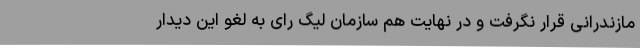
مازندرانی قرار نگرفت و در نهایت هم سازمان لیگ رای به لغو این دیدار